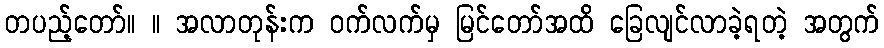
တပည့်တော်။ ။ အလာတုန်းက ဝက်လက်မှ မြင်တော်အထိ ခြေလျင်လာခဲ့ရတဲ့ အတွက်